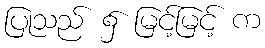
ပြုသည် ၌ မြင့်မြင့် က